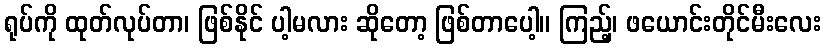
ရုပ်ကို ထုတ်လုပ်တာ၊ ဖြစ်နိုင် ပါ့မလား ဆိုတော့ ဖြစ်တာပေါ့။ ကြည့်၊ ဖယောင်းတိုင်မီးလေး